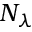
N _ { \lambda }